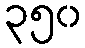
၃၅၀